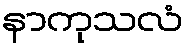
နာကုသလံ